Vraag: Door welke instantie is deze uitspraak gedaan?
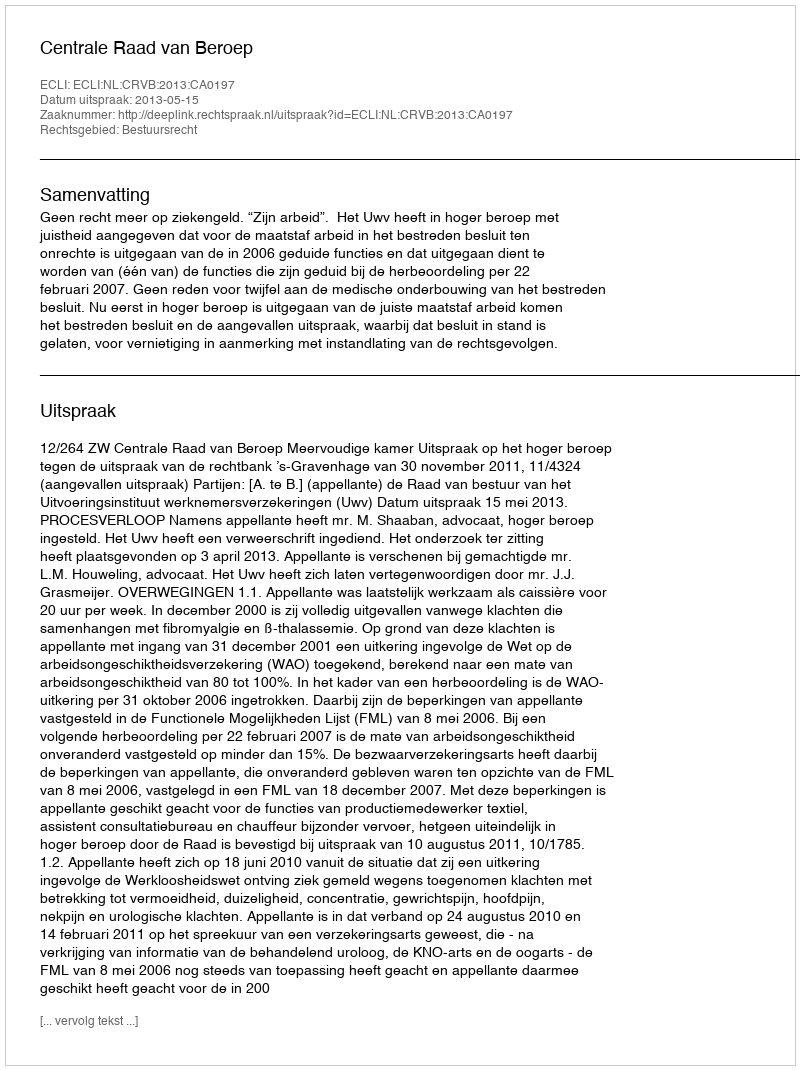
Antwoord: Centrale Raad van Beroep